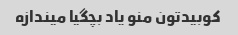
کوبیدتون منو یاد بچگیا میندازه